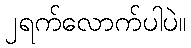
၂ရက်လောက်ပါပဲ။